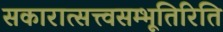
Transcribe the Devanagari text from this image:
सकारात्सत्त्वसम्भूतिरिति